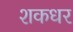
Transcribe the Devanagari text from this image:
शकधर